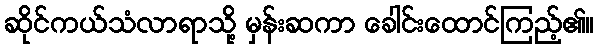
ဆိုင်ကယ်သံလာရာသို့ မှန်းဆကာ ခေါင်းထောင်ကြည့်၏။